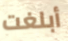
أبلغت